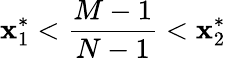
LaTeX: \mathbf{x}_{1}^{*}<\frac{{M-1}}{{N-1}}<\mathbf{x}_{2}^{*}